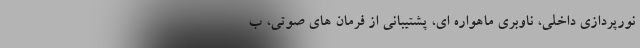
نورپردازی داخلی، ناوبری ماهواره ای، پشتیبانی از فرمان های صوتی، ب